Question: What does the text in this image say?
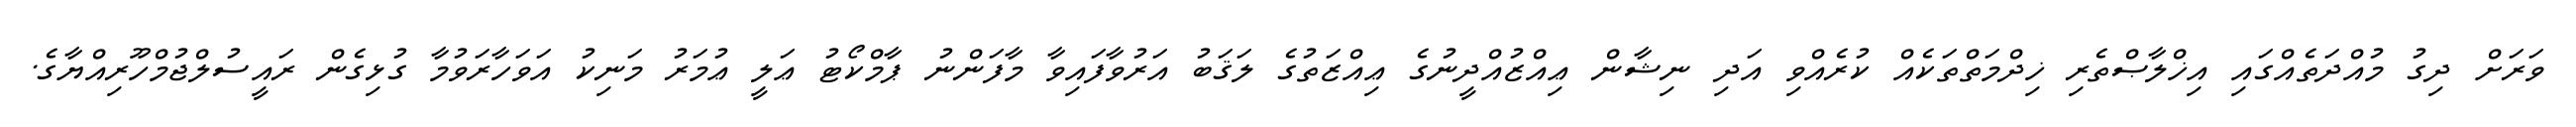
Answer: ވަރަށް ދިގު މުއްދަތެއްގައި އިޚްލާޞްތެރި ޚިދްމަތްތަކެއް ކުރެއްވި އަދި ނިޝާން ޢިއްޒުއްދީނުގެ ޢިއްޒަތުގެ ލަޤަބު އަރުވާފައިވާ މާފަންނު ޕާމްކޯޓު ޢަލީ ޢުމަރު މަނިކު އަވަހާރަވުމާ ގުޅިގެން ރައީސުލްޖުމްހޫރިއްޔާގެ.